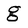
Character: g